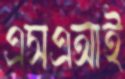
এসএআই